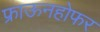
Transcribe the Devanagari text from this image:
फ्राऊनहोफर